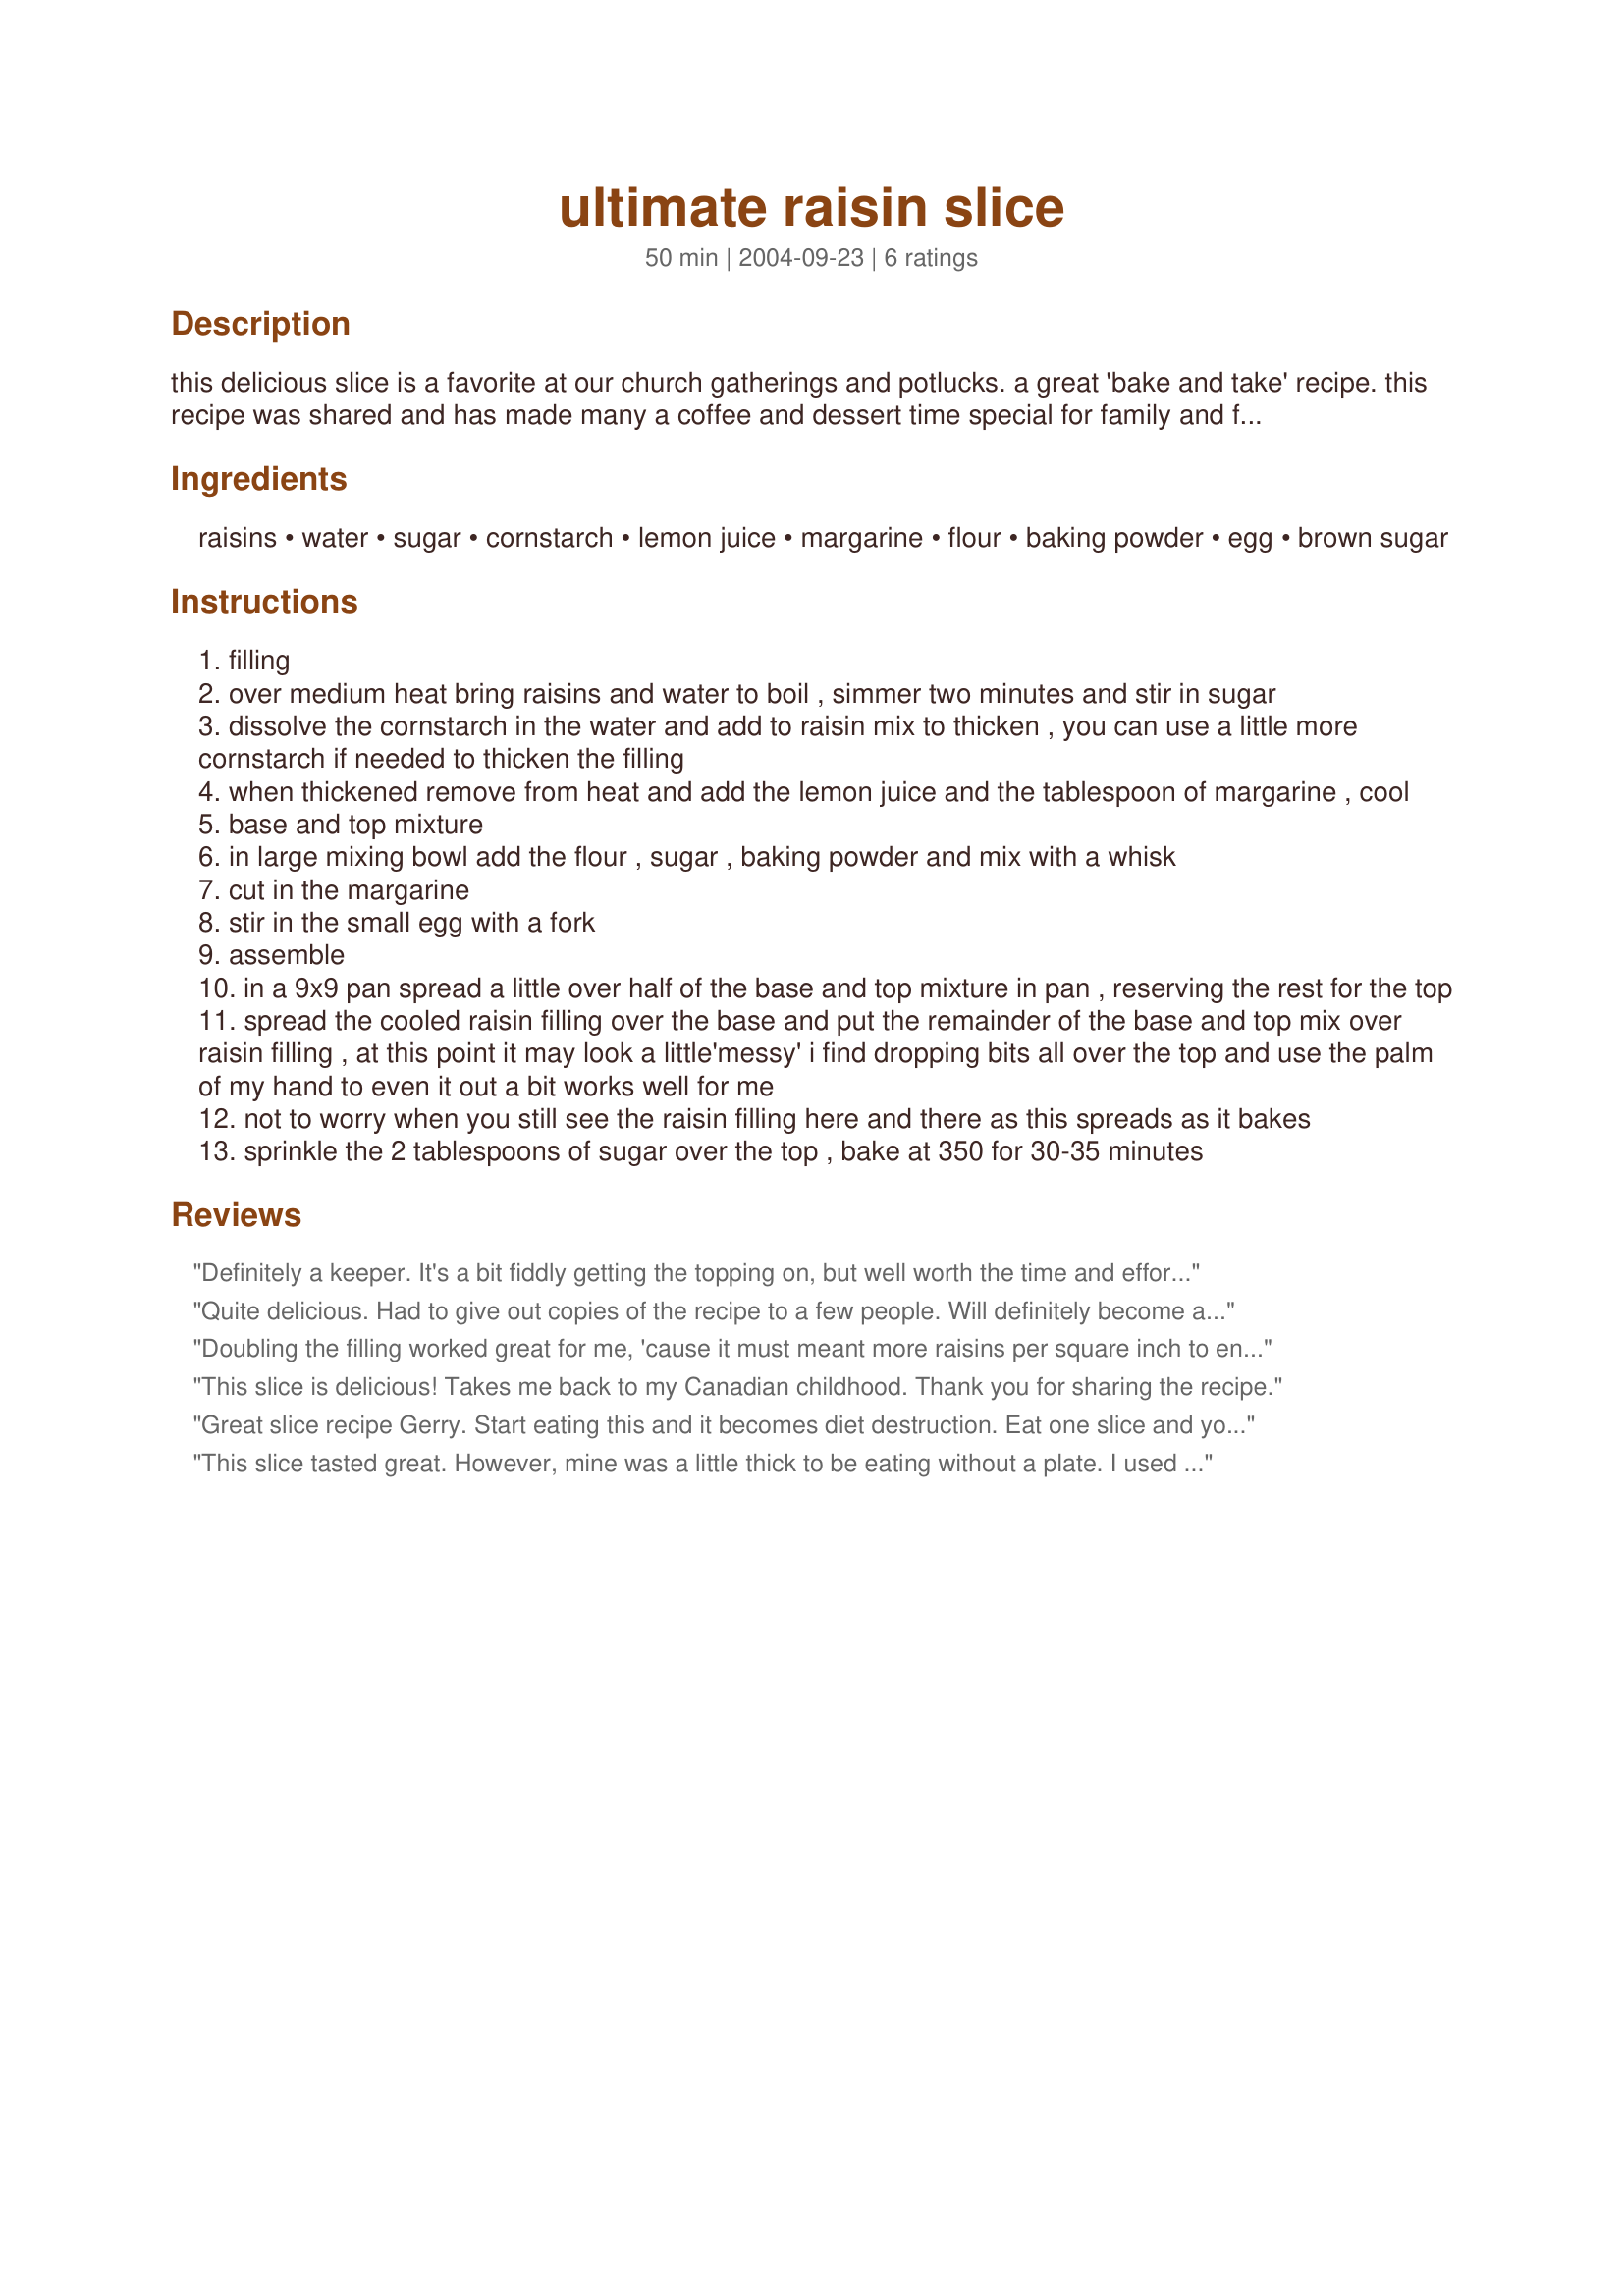
ultimate raisin slice
Preparation time: 50 minutes

this delicious slice is a favorite at our church gatherings and potlucks. a great 'bake and take' recipe. this recipe was shared and has made many a coffee and dessert time special for family and friends. the first time making i was a little intimidated, but don't be ... it is easily put together and a snap to make, if taking to a potluck expect no left overs to take back home!

Ingredients:
raisins, water, sugar, cornstarch, lemon juice, margarine, flour, baking powder, egg, brown sugar

Steps:
filling
over medium heat bring raisins and water to boil , simmer two minutes and stir in sugar
dissolve the cornstarch in the water and add to raisin mix to thicken , you can use a little more cornstarch if needed to thicken the filling
when thickened remove from heat and add the lemon juice and the tablespoon of margarine , cool
base and top mixture
in large mixing bowl add the flour , sugar , baking powder and mix with a whisk
cut in the margarine
stir in the small egg with a fork
assemble
in a 9x9 pan spread a little over half of the base and top mixture in pan , reserving the rest for the top
spread the cooled raisin filling over the base and put the remainder of the base and top mix over raisin filling , at this point it may look a little'messy' i find dropping bits all over the top and use the palm of my hand to even it out a bit works well for me
not to worry when you still see the raisin filling here and there as this spreads as it bakes
sprinkle the 2 tablespoons of sugar over the top , bake at 350 for 30-35 minutes

Reviews:
Definitely a keeper. It's a bit fiddly getting the topping on, but well worth the time and effort. Made for Aussie Kiwi Swap 31 August.
Quite delicious. Had to give out copies of the recipe to a few people. Will definitely become a regular for our cookie jar. I followed the recipe to the letter and don't think it needs any tweaking. Thanks for sharing.
Doubling the filling worked great for me, 'cause it must meant more raisins per square inch to enjoy! Definitely a recipe to make again & again! From a raisin lover = Thanks much for sharing the recipe! [Made & reviewed while touring Canada on the Zaar World Tour 4]
This slice is delicious! Takes me back to my Canadian childhood. Thank you for sharing the recipe.
 Great slice recipe Gerry. Start eating this and it becomes diet destruction. Eat one slice and you will go back for more. I followed the recipe and it turned out perfect. I did use the food processor to make the the base. Recipe is now in my keepers file. Thaks Gerry for another great dainty recipe.
This slice tasted great. However, mine was a little thick to be eating without a plate. I used a 9 x 13 pan and doubled the filling but I think next time I won't as then it would be a "dainty". I did a fair bit of baking so froze this right away. It freezes extremely well. My husband the critic really enjoyed this slice.
